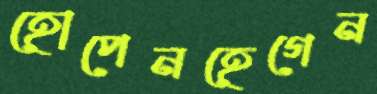
হোপেনহেগেন